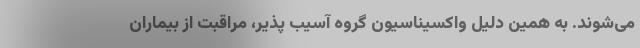
می‌شوند. به همین دلیل واکسیناسیون گروه آسیب پذیر، مراقبت از بیماران